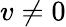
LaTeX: v\ne 0